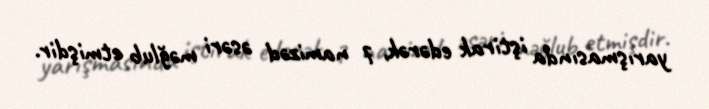
yarışmasında iştirak edərək, 7 namizəd əsəri məğlub etmişdir.